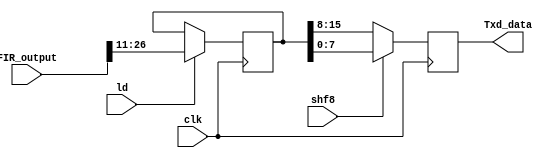
module T_reg(
        input clk,
        input ld,
        input shf8,
        input [37:0]FIR_output,
        output reg [7:0] Txd_data

    );
    
    reg[15:0] fir_out_reg;
    always@(posedge clk)
        begin
          if(ld)
            fir_out_reg<=FIR_output[26:11];
          if(shf8)
            Txd_data<=fir_out_reg[7:0];
          else
            Txd_data<=fir_out_reg[15:8];
        end
        
    
endmodule